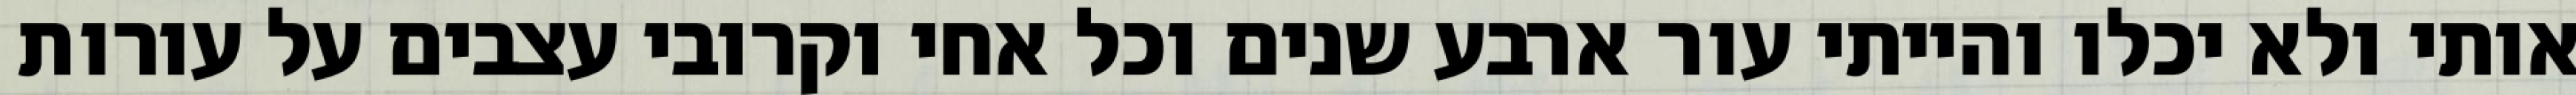
אותי ולא יכלו והייתי עור ארבע שנים וכל אחי וקרובי עצבים על עורות